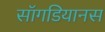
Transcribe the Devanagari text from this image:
सॉगडियानस